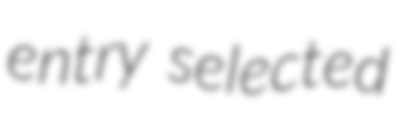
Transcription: entry selected